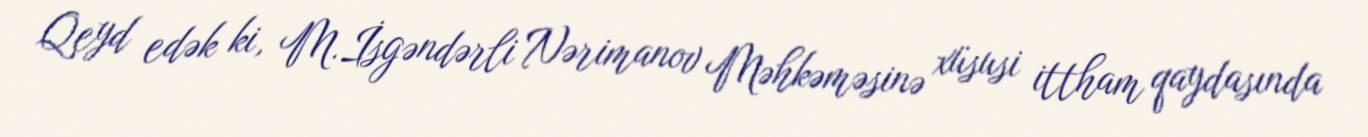
Qeyd edək ki, M.İsgəndərli Nərimanov Məhkəməsinə xüsusi ittham qaydasında